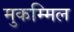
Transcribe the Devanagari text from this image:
मुकम्मिल